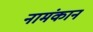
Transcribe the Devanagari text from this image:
नामंकान